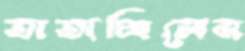
তাতাচ্ছিলেম